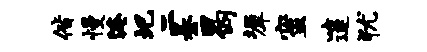
偕慢淹圯二綦曷墀蜜邃犹